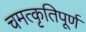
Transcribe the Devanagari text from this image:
चमत्कृतिपूर्ण